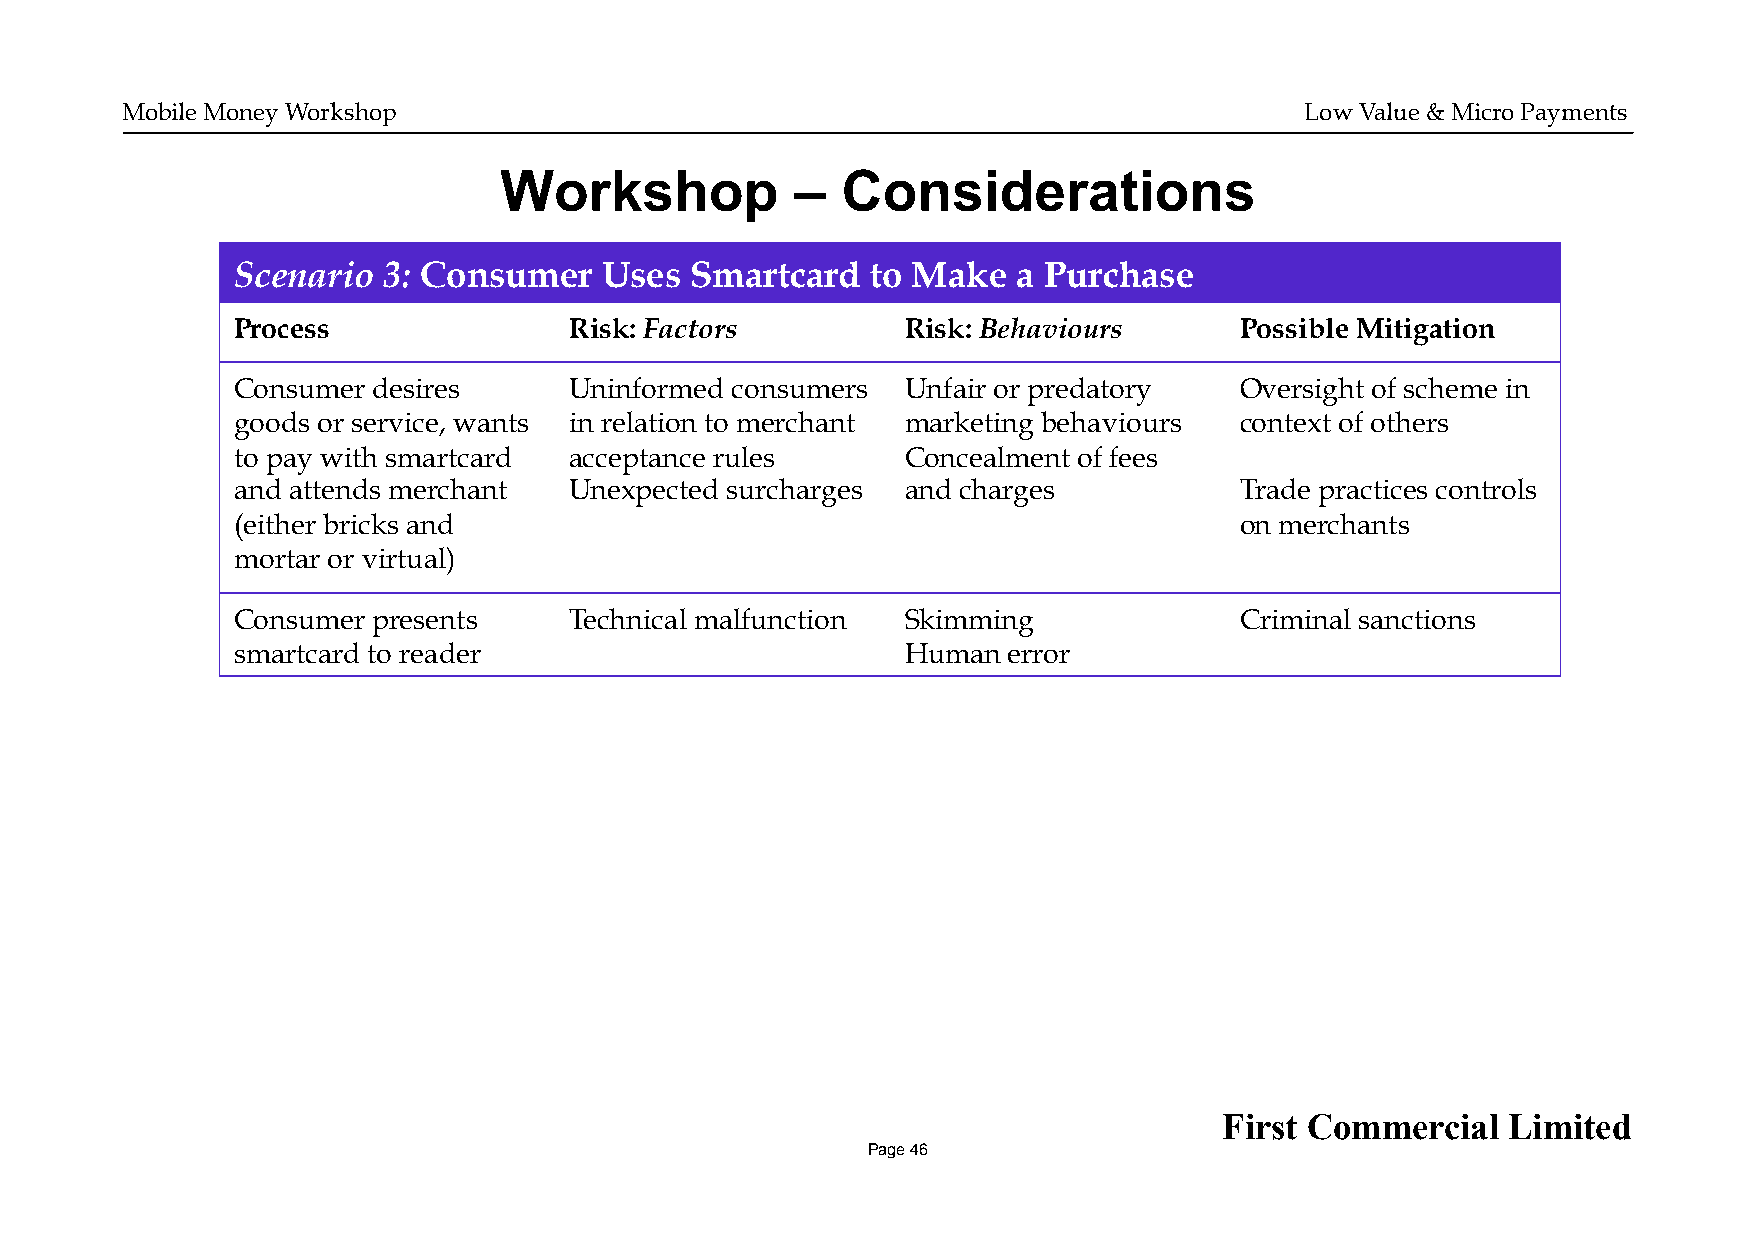
Mobile Money Workshop                                                         Low Value & Micro Payments
 Workshop            –  Considerations
 Scenario  3: Consumer    Uses  Smartcard   to Make  a Purchase
 Process                Risk: Factors         Risk: Behaviours      Possible Mitigation
 Consumer  desires      Uninformed consumers  Unfair or predatory   Oversight of scheme in
 goods or service, wants in relation to merchant marketing behaviours context of others
 to pay with smartcard  acceptance rules      Concealment of fees
 and attends merchant   Unexpected surcharges and charges           Trade practices controls
 (either bricks and                                                 on merchants
 mortar or virtual)
 Consumer  presents     Technical malfunction Skimming              Criminal sanctions
 smartcard to reader                          Human  error
 First Commercial   Limited
 Page 46